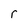
Character: r